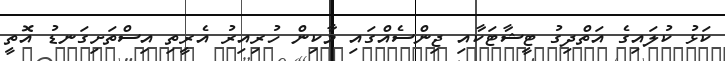
ކަޅު ކުލައިގެ އަތްދިގު ޓީޝާޓަކާއި ޖިންސެއްގައި މާކިން ހުރިއިރު އެރީތި އިސްތަށިގަނޑު އޮތީ